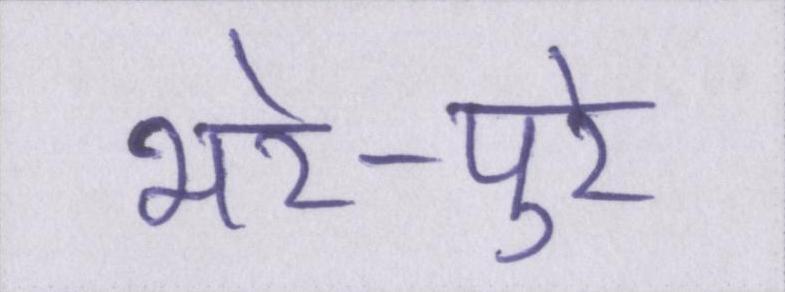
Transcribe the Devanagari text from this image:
भरे-पुरे